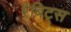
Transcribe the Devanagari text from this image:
रैबिट्स